Annual report of the Central Committee of the Association together with the report of the directors of the Pasteur Institute at Kasauli
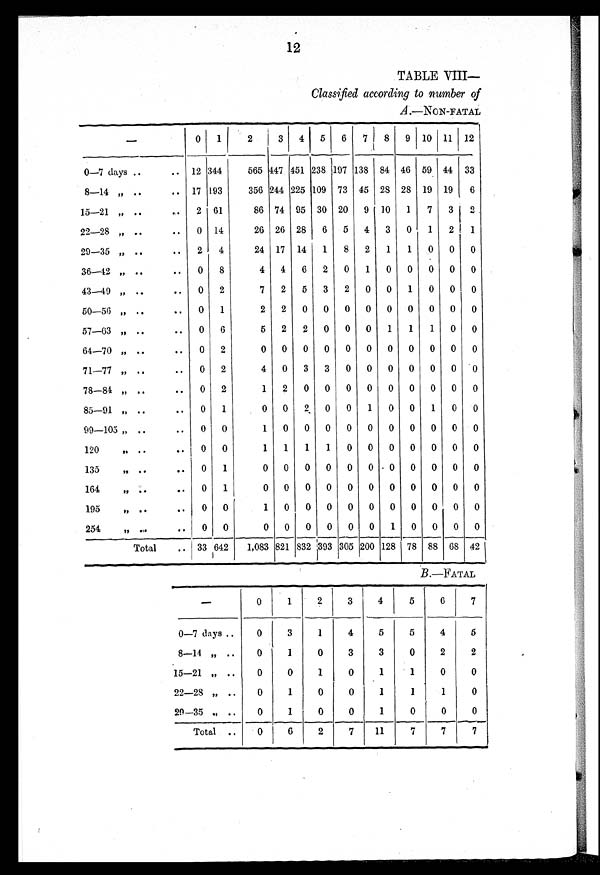
12
TABLE VIII
—
Classified according to number of
A .—NON-FATAL —
0 1 2
3
4 5 6 7 8 9 10 11 12
0— 7 days
12 344
565 447 451 238 197 138 84 46 59 44 33
8— 14 "
17 193
356 244 225 109 73 45 28 28 19 19 6
15— 21 "
2 61
86 74 95 30 20 9 10 1 7 3 2
22— 28 "
0 14
26 26 28 6 5 4 3 0 1 2 1
29— 35 "
2 4
24 17 14 1 8 2 1 1 0 0 0
36— 42 "
0 8
4 4 6 2 0 1 0 0 0 0 0
43— 49 "
0 2
7 2 5 3 2 0 0 1 0 0 0
50— 56 "
0 1
2 2 0 0 0 0 0 0 0 0 0
57— 63 "
0 6
5 2 2 0 0 0 1 1 1 0 0
64— 70 "
0 2
0 0 0 0 0 0 0 0 0 0 0
71— 77 "
0 2
4 0 3 3 0 0 0 0 0 0 0
78— 84 "
0 2
1 2 0 0 0 0 0 0 0 0 0
85— 91 "
0 1
0 0
2 0 0 1 0 0 1 0 0
99— 105 "
0 0
1 0 0 0 0 0 0 0 0 0 0
120 "
0 0
1 1 1 1 0 0 0 0 0 0 0
135 "
0 1
0 0 0 0 0 0 - 0 0 0 0 0
164 "
0 1
0 0 0 0 0 0 0 0 0 0 0
195 "
0 0
1 0 0 0 0 0 0 0 0 0 0
254 "
0 0
0 0 0 0 0 0 1 0 0 0 0
Total
33 642
1,083 821 832 393 305 200 128 78 88 68 42
B .—F AT AL
—
0
1 2
3
4
5 6
7
0— 7 days
0 3
1
4
5
5
4
5
8— 14 "
0
1
0
3
3
0
2
2
15— 21 "
0
0
1
0
1
1
0
0
22— 28 "
0
1
0
0
1
1
1
0
29— 35 "
0
1
0
0
1
0
0
0
Total
0
6
2
7
11
7
7
7